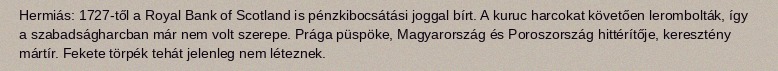
Hermiás: 1727-től a Royal Bank of Scotland is pénzkibocsátási joggal bírt. A kuruc harcokat követően lerombolták, így a szabadságharcban már nem volt szerepe. Prága püspöke, Magyarország és Poroszország hittérítője, keresztény mártír. Fekete törpék tehát jelenleg nem léteznek.